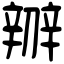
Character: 辧